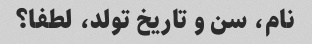
نام، سن و تاریخ تولد، لطفا؟